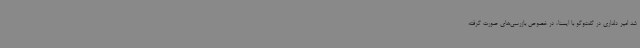
شد امیر دلداری در گفت‌وگو با ایسنا، در خصوص بازرسی‌های صورت گرفته